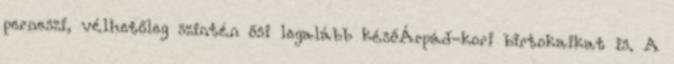
perneszi, vélhetőleg szintén ősi legalább későÁrpád-kori birtokaikat is. A